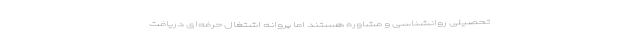
تحصیلی روانشناسی و مشاوره هستند اما پروانه اشتغال حرفه‌ای دریافت